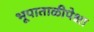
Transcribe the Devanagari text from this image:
भूपाताळीपेक्षा